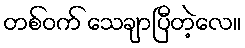
တစ်ဝက် သေချာပြီတဲ့လေ။